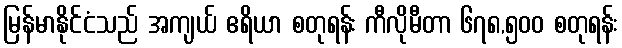
မြန်မာနိုင်ငံသည် အကျယ် ဧရိယာ စတုရန်း ကီလိုမီတာ ၆၇၈,၅၀၀ စတုရန်း